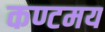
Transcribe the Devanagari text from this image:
कण्टमय